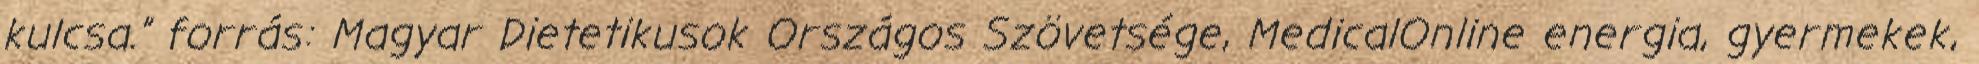
kulcsa.” forrás: Magyar Dietetikusok Országos Szövetsége, MedicalOnline energia, gyermekek,